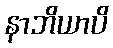
နာဘိယာပိ